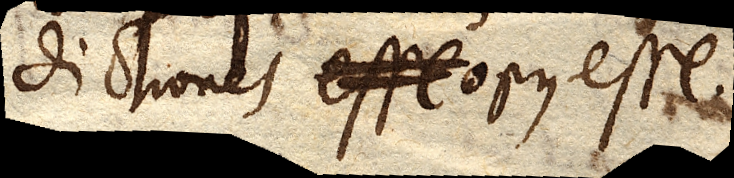
dictiones esse opus esse.